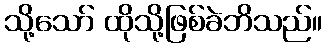
သို့သော် ထိုသို့ဖြစ်ခဲဘိသည်။